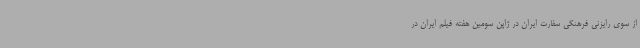
از سوی رایزنی فرهنگی سفارت ایران در ژاپن سومین هفته فیلم ایران در